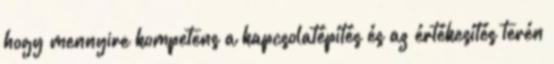
hogy mennyire kompetens a kapcsolatépítés és az értékesítés terén